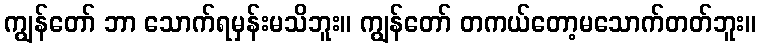
ကျွန်တော် ဘာ သောက်ရမှန်းမသိဘူး။ ကျွန်တော် တကယ်တော့မသောက်တတ်ဘူး။